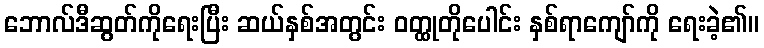
ဘောလ်ဒီဆွတ်ကိုရေးပြီး ဆယ်နှစ်အတွင်း ဝတ္ထုတိုပေါင်း နှစ်ရာကျော်ကို ရေးခဲ့၏။